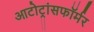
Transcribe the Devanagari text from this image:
आटोट्रांसफॉर्मर